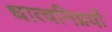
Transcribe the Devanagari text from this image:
धात्वनिग्नयों